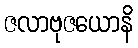
ဇလာဗုဇယောနိ